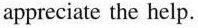
appreciate the help.